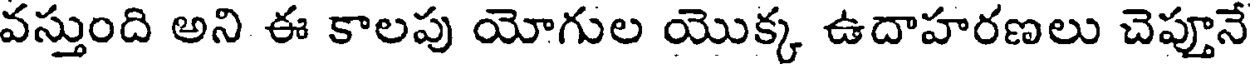
వస్తుంది అని ఈ కాలపు యోగుల యొక్క ఉదాహరణలు చెప్తూనే